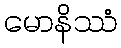
မောနိဿံ